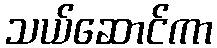
သယ်ဆောင်ကာ